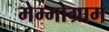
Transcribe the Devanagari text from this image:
मेम्मोग्राम